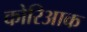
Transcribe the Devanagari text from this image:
कोरिआक